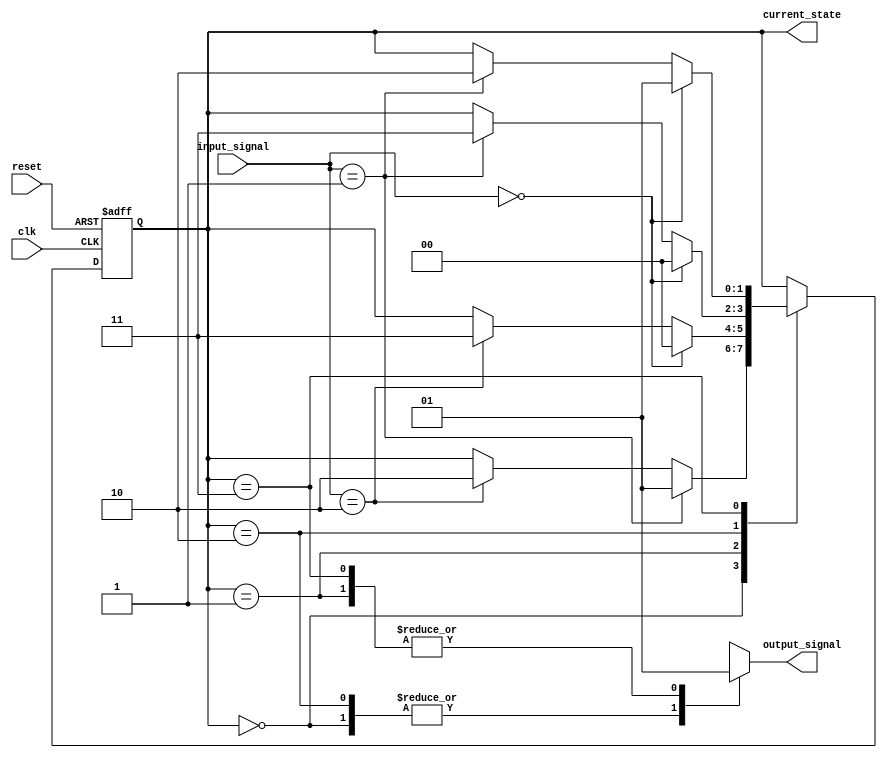
module fsm_preconfigured #(
    parameter STATE_WIDTH = 2,         // Number of bits for state representation
    parameter NUM_STATES = 4,          // Number of states
    parameter DEFAULT_STATE = 2'b00    // Default initial state
)(
    input wire clk,                     // Clock signal
    input wire reset,                   // Reset signal (active high)
    input wire [1:0] input_signal,     // Input signals for state transitions
    output reg [1:0] current_state,     // Current state output
    output reg output_signal            // Output signal based on current state
);

// State encoding
localparam STATE_0 = 2'b00;
localparam STATE_1 = 2'b01;
localparam STATE_2 = 2'b10;
localparam STATE_3 = 2'b11;

// State initialization logic
always @(posedge clk or posedge reset) begin
    if (reset) begin
        current_state <= DEFAULT_STATE; // Initialize to default state on reset
    end else begin
        // State transition logic
        case (current_state)
            STATE_0: begin
                if (input_signal == 2'b01) begin
                    current_state <= STATE_1;
                end else if (input_signal == 2'b10) begin
                    current_state <= STATE_2;
                end
            end
            STATE_1: begin
                if (input_signal == 2'b00) begin
                    current_state <= STATE_0;
                end else if (input_signal == 2'b10) begin
                    current_state <= STATE_3;
                end
            end
            STATE_2: begin
                if (input_signal == 2'b00) begin
                    current_state <= STATE_0;
                end else if (input_signal == 2'b01) begin
                    current_state <= STATE_3;
                end
            end
            STATE_3: begin
                if (input_signal == 2'b00) begin
                    current_state <= STATE_1;
                end else if (input_signal == 2'b01) begin
                    current_state <= STATE_2;
                end
            end
            default: current_state <= DEFAULT_STATE; // Fallback to default state
        endcase
    end
end

// Output generation based on current state
always @(*) begin
    case (current_state)
        STATE_0: output_signal = 1'b0;
        STATE_1: output_signal = 1'b1;
        STATE_2: output_signal = 1'b0;
        STATE_3: output_signal = 1'b1;
        default: output_signal = 1'b0; // Default output
    endcase
end

endmodule